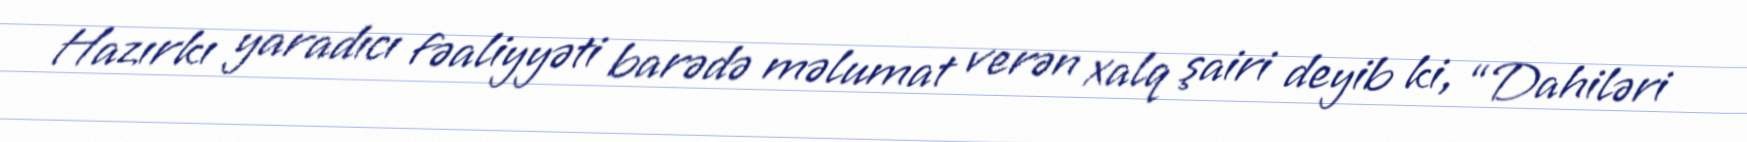
Hazırkı yaradıcı fəaliyyəti barədə məlumat verən xalq şairi deyib ki, “Dahiləri